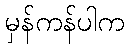
မှန်ကန်ပါက